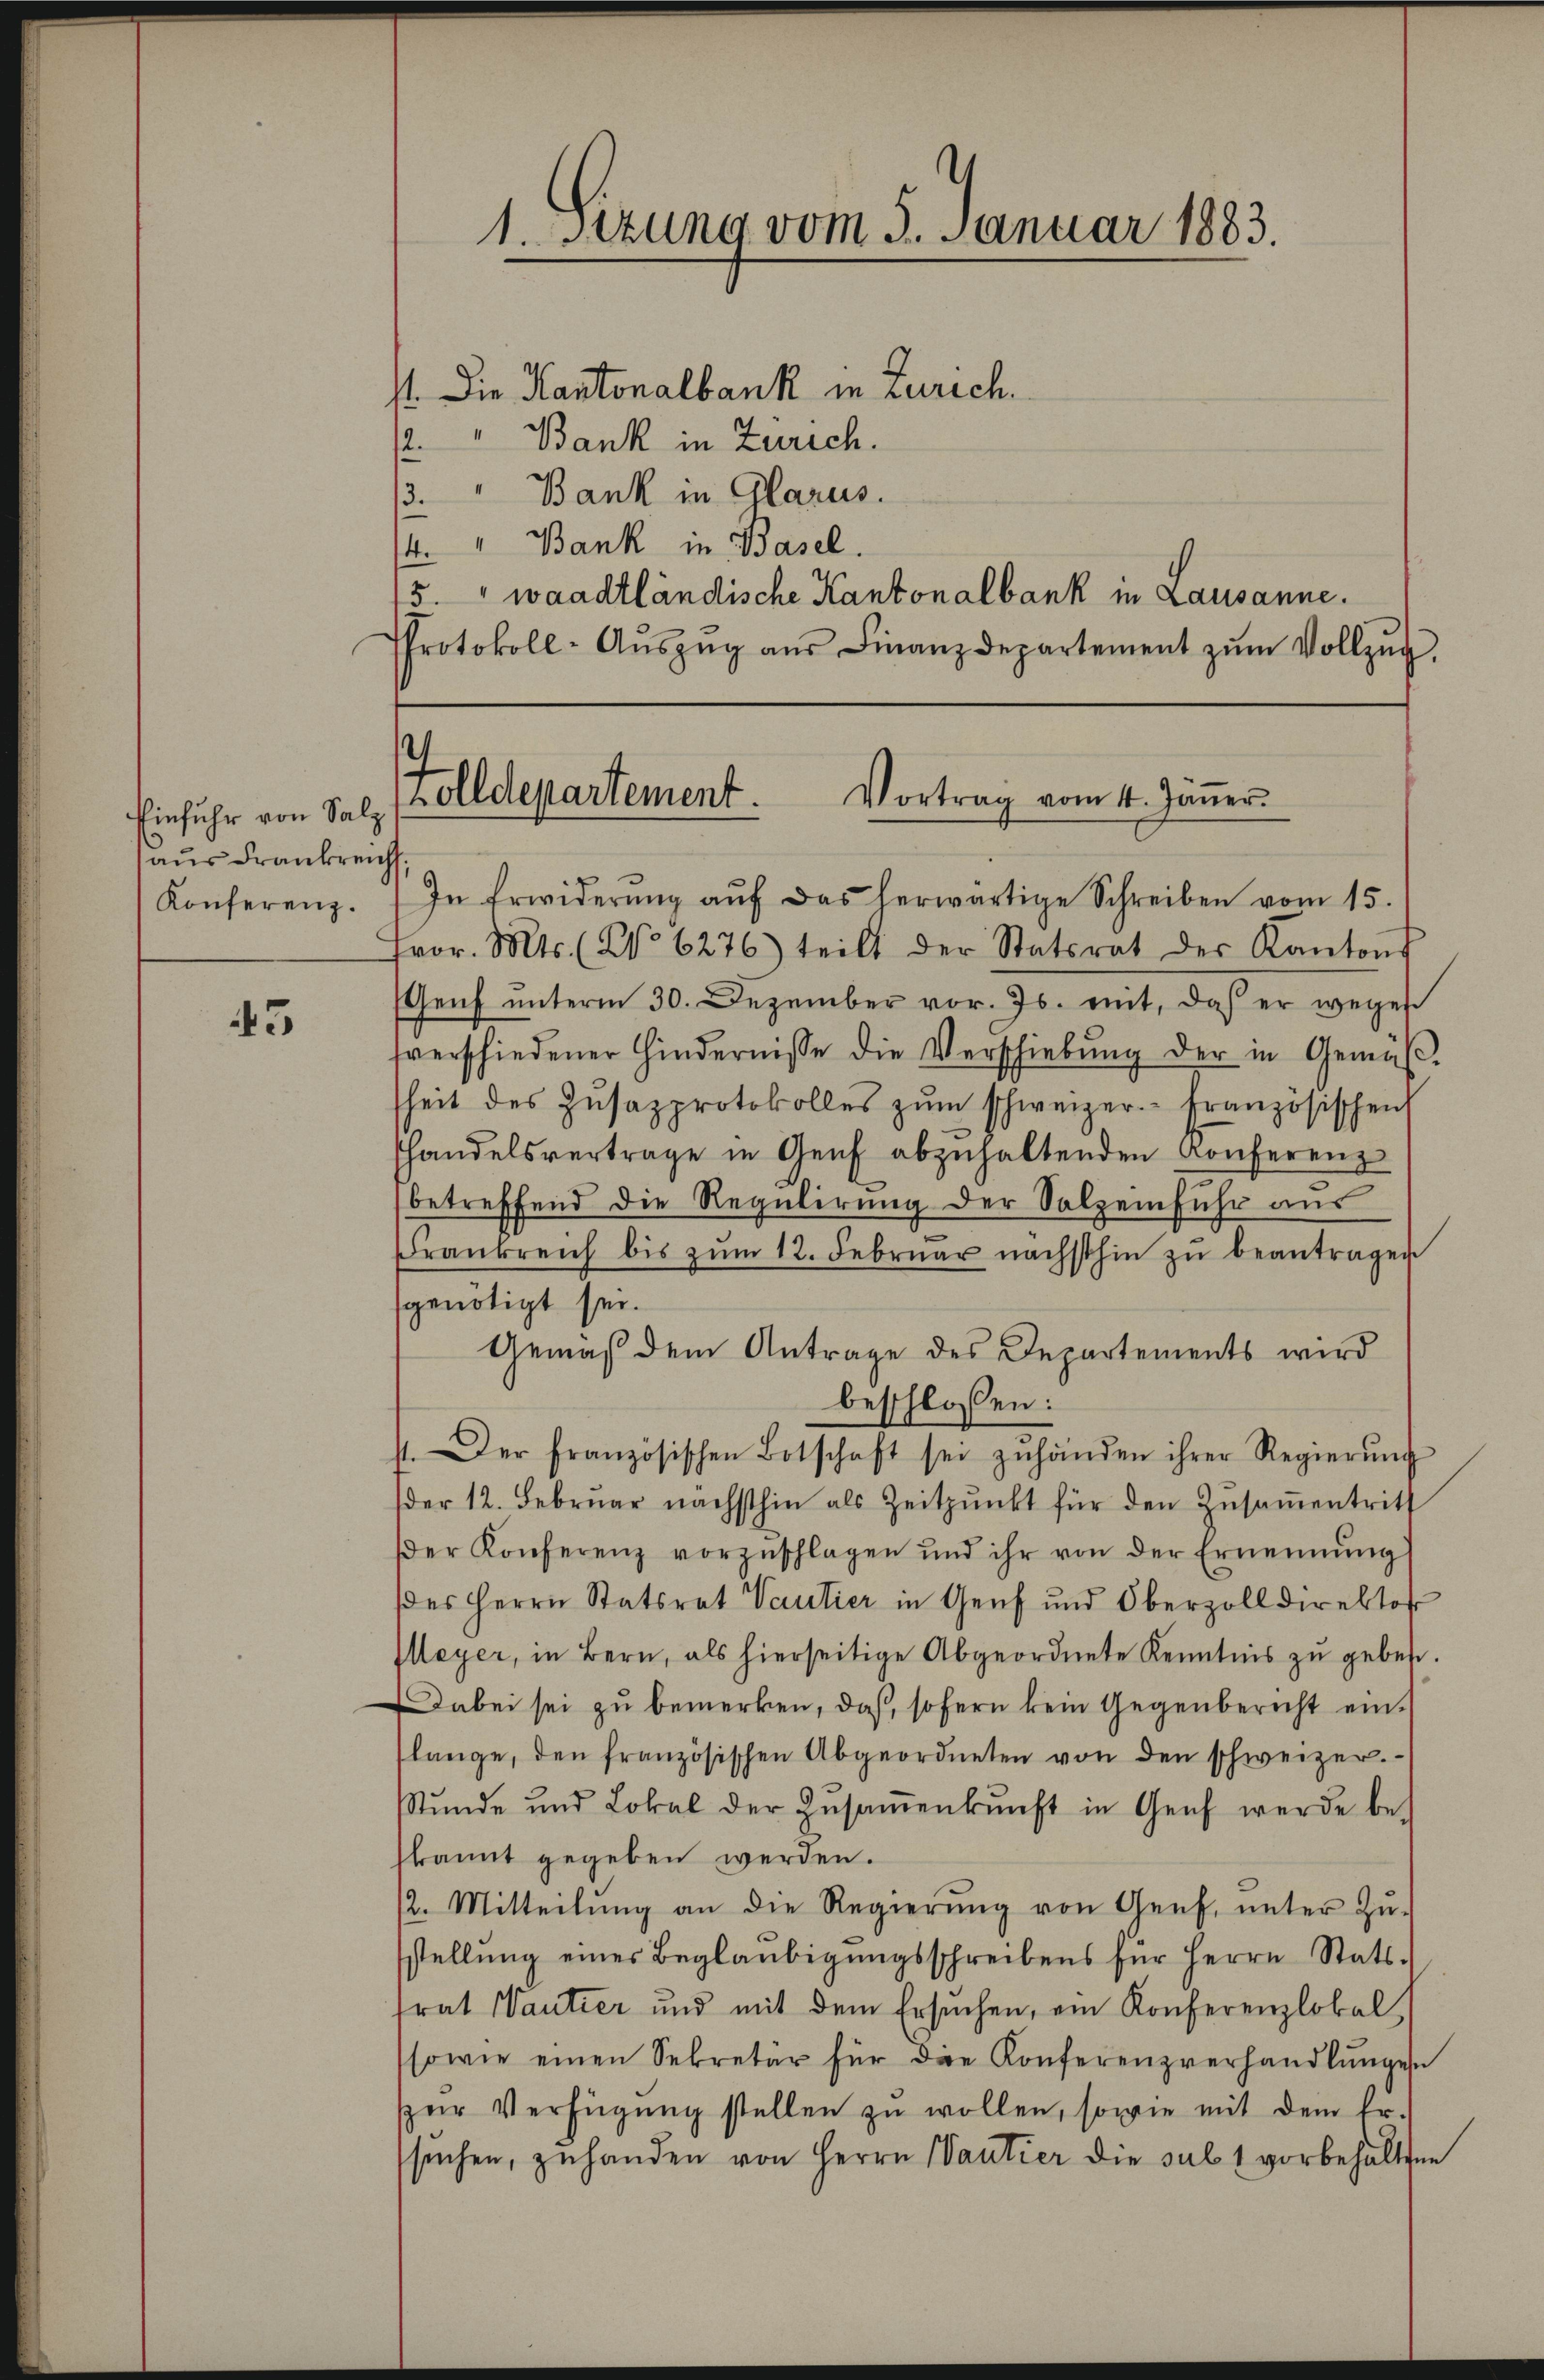
Einfuhr von Salz
aus Frankreich
Konferenz.

43

st. Die Kantonalbank in Zürich.
/2 " Bank in Zürich.
3. " Bank in Glarus.
4. " Bank in Basel.
5." waadtländische Kantonalbank in Lausanne.
Protokoll-Aŭszŭg aŭs Finanzdepartement zŭm Vollzŭg,

1. Setzung vom 3. Januar 1883

Folldepartement. Vortrag vom 4. Janer

In Erwiderŭng aŭf das herwärtige Schreiben vom 15.
fror. Mts. (No 6276) teilt der Statsrat der Kantons
Genf unterm 30. Dezember vor. Js. mit, daß er wegen
sverschiedener Hindernisse die Verschiebŭng der in Gemäβ-
heit des Zŭsazprotokolles zŭm schweizer.- französischen
handelsvertrage in Genf abzŭhaltenden Konferenz
betreffend die Regulirung der Salzenfuhr aus
Frankreich bis zŭm 12. Febrŭar nächsthin zŭ beantragen
sgenötigt sei.
st. Der französischen Botschaft sei zŭhänden ihrer Regierŭng
der 12. Febrŭar nächsthin als Zeitpŭnkt für den Zŭsaṁentritt
er Konferenz vorzŭschlagen und ihr von der Ernennung
(des Herrn Statsrat Vautier in Genf und Oberzolldirektor
Meyer, in Bern, als hierseitige Abgeordnete Kenntnis zu geben.
Dabei sei zu bemerken, daß, sofern kein Gegenbericht einslange, den französischen Abgeordneten von den schweizer.
Stunde und Lokal der Zŭsaṁenkunft in Genf werde bekannt gegeben werden.
12. Mitteilŭng an die Regierŭng von Genf, ŭnter Zŭ-
stellŭng einer Beglaubigŭngsschreibens für Herrn Stats-
frat Wantier und mit dem Ersuchen, ein Konferenzlokal,
sowie einen Sekretär für die Konferenzverhandlŭngen
ŭr Verfügŭng stellen zŭ wollen, sowie mit dem Er-
sŭchen, zuhanden von Herrn Wantier die sub 1 vorbehalten

Gemäß dem Antrage des Departements wird
beschlossen: